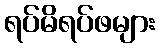
ရပ်မိရပ်ဖများ